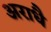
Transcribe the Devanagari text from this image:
अराधै